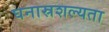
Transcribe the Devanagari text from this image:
घनास्रशल्यता